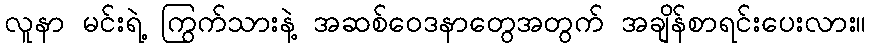
လူနာ မင်းရဲ့ ကြွက်သားနဲ့ အဆစ်ဝေဒနာတွေအတွက် အချိန်စာရင်းပေးလား။